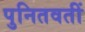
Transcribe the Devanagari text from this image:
पुनितवतीं